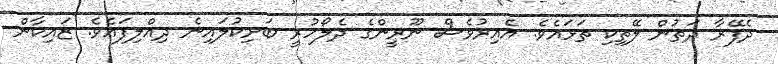
ދެފޭރާ ދަތުން ލޭތިކި ތަޅައެވެ. އެއިރުވެސް ނޫރީންގެ ދެލޯހުރީ ބަށިކުލައިނެ ދިއްލިފައެވެ. ޒައިކާން